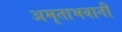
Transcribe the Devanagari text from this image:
अमृताभवानी